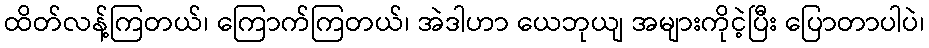
ထိတ်လန့်ကြတယ်၊ ကြောက်ကြတယ်၊ အဲဒါဟာ ယေဘုယျ အများကိုငဲ့ပြီး ပြောတာပါပဲ၊